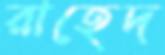
রাহেদ